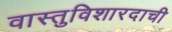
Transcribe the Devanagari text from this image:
वास्तुविशारदाची